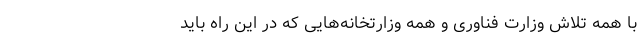
با همه تلاش وزارت فناوری و همه وزارتخانه‌هایی که در این راه باید